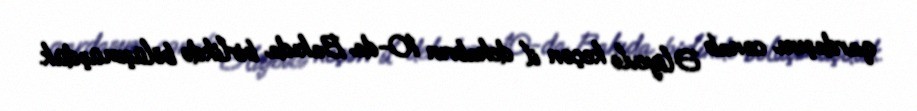
qardaşım cənab Əliyevlə keçən il dekabrın 10-da Bakıda birlikdə bölüşmüşdük.